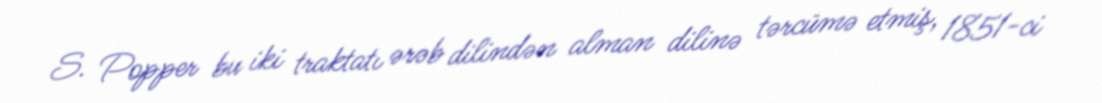
S. Popper bu iki traktatı ərəb dilindən alman dilinə tərcümə etmiş, 1851-ci